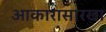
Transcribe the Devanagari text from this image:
आकारासारखा